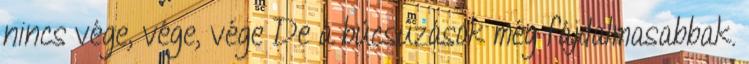
nincs vége, vége, vége De a búcsúzások még fájdalmasabbak.